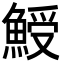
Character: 𩸣